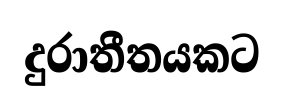
දුරාතීතයකට